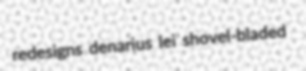
redesigns denarius lei shovel-bladed